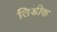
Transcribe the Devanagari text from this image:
तिडीक